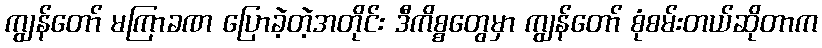
ကျွန်တော် မကြာခဏ ပြောခဲ့တဲ့အတိုင်း ဒီကိစ္စတွေမှာ ကျွန်တော် စုံစမ်းတယ်ဆိုတာက